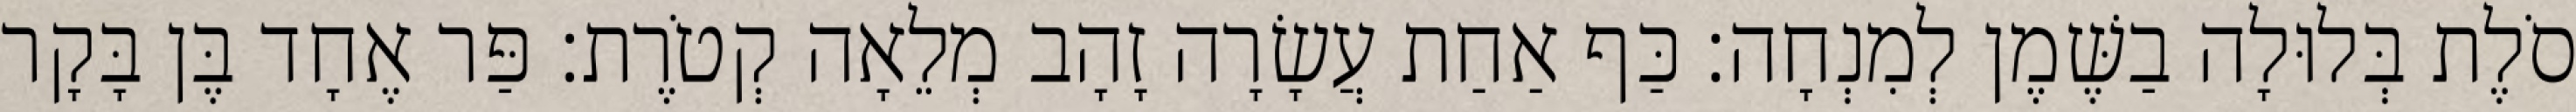
סֹלֶת בְּלוּלָה בַשֶּׁמֶן לְמִנְחָה׃ כַּף אַחַת עֲשָׂרָה זָהָב מְלֵאָה קְטֹרֶת׃ פַּר אֶחָד בֶּן בָּקָר